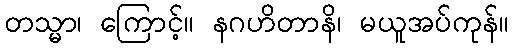
တသ္မာ၊ ကြောင့်။ နဂဟိတာနိ၊ မယူအပ်ကုန်။